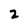
Character: 2